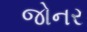
જોનર